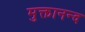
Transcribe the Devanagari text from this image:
मुक्तानन्द